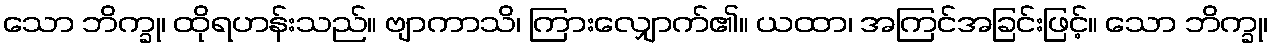
သော ဘိက္ခု၊ ထိုရဟန်းသည်။ ဗျာကာသိ၊ ကြားလျှောက်၏။ ယထာ၊ အကြင်အခြင်းဖြင့်။ သော ဘိက္ခု၊